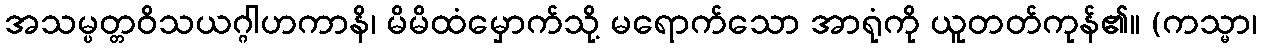
အသမ္ပတ္တဝိသယဂ္ဂါဟကာနိ၊ မိမိထံမှောက်သို့ မရောက်သော အာရုံကို ယူတတ်ကုန်၏။ (ကသ္မာ၊